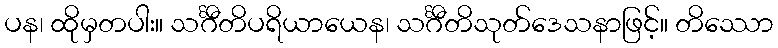
ပန၊ ထိုမှတပါး။ သင်္ဂီတိပရိယာယေန၊ သင်္ဂီတိသုတ်ဒေသနာဖြင့်။ တိဿော